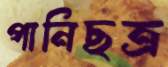
পানিছত্র